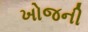
ખોજની